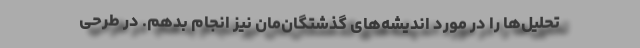
تحلیل‌ها را در مورد اندیشه‌های گذشتگان‌مان نیز انجام بدهم. در طرحی